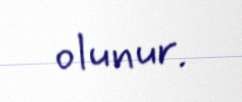
olunur.